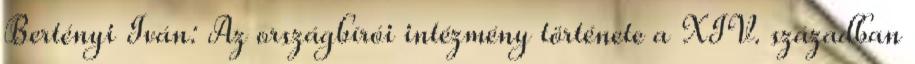
Bertényi Iván: Az országbírói intézmény története a XIV. században